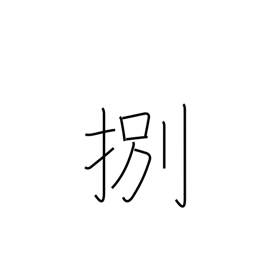
Meaning: be in demand